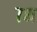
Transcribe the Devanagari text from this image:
७न